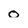
Character: o